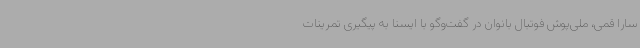
سارا قمی، ملی‌پوش فوتبال بانوان در گفت‌وگو با ایسنا به پیگیری تمرینات